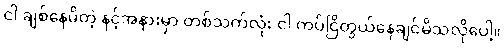
ငါ ချစ်နေမိတဲ့ နင့်အနားမှာ တစ်သက်လုံး ငါ ကပ်ငြိတွယ်နေချင်မိသလိုပေါ့။